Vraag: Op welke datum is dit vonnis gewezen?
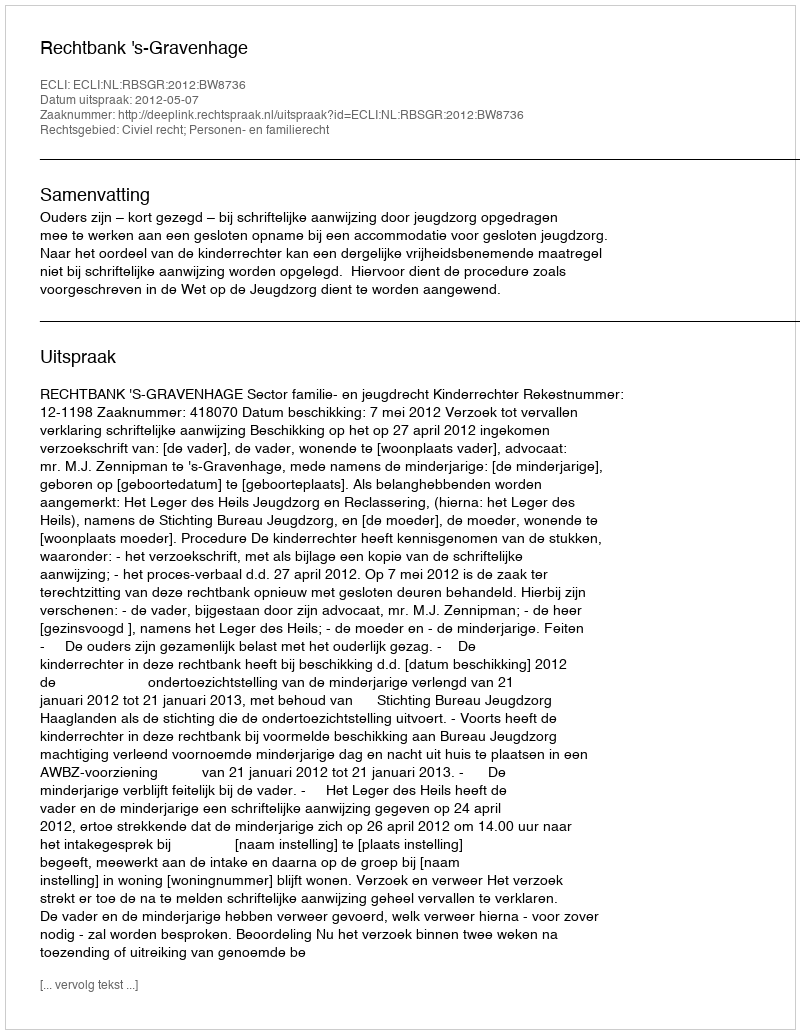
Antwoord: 2012-05-07